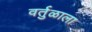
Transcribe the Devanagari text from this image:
वर्तुळाला